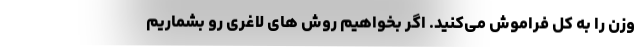
وزن را به کل فراموش می‌کنید. اگر بخواهیم روش های لاغری رو بشماریم